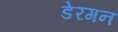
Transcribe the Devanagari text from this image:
डेरगन